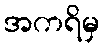
အကရိမှ